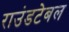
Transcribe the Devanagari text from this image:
राउंडटेबल